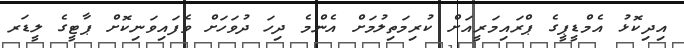
އިދިކޮޅު އެމްޑީޕީގެ ޕްރައިމަރީއަށް ކުރިމަތިލުމަށް އެންމެ ދިހަ ދުވަހަށް ވެފައިވަނިކޮށް ޕާޓީގެ ލީޑަރ